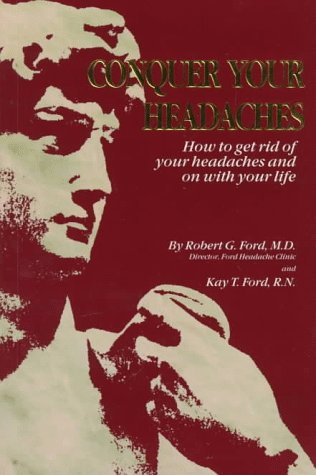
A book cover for Conquer Your Headaches: How to Get Rid of Your Headaches and on With Your Life; Robert G., M.D. Ford; Health, Fitness & Dieting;